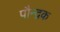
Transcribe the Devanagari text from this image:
पौन्द्रक